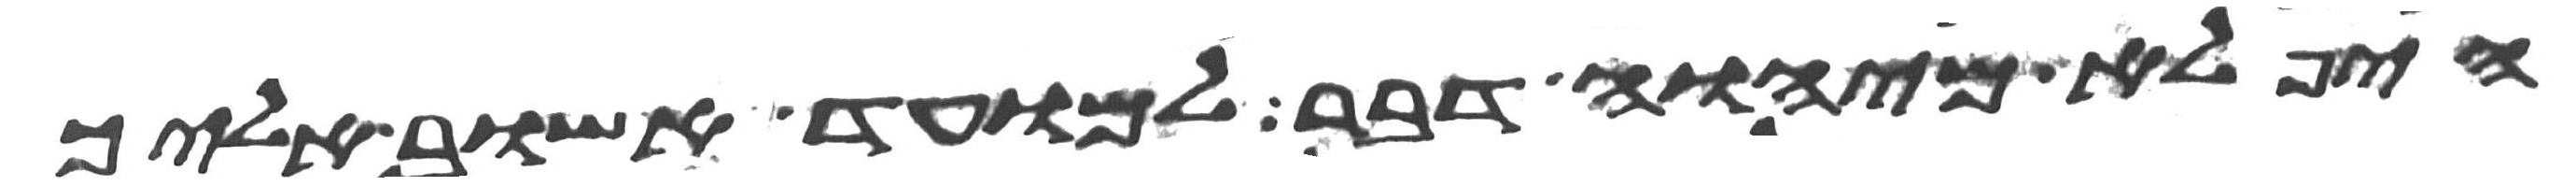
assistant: היפלא מיהוה דבר למועד אשוב אליך